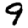
Digit: 9